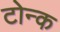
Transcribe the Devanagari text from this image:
टोन्क